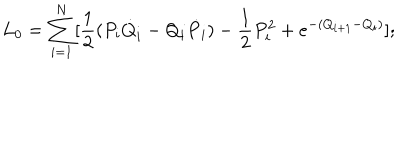
L _ { 0 } = \sum _ { i = 1 } ^ { N } [ { \frac { 1 } { 2 } } ( P _ { i } { \dot { Q } } _ { i } - Q _ { i } { \dot { P } } _ { i } ) - { \frac { 1 } { 2 } } P _ { i } ^ { 2 } + { e ^ { - ( Q _ { i + 1 } - Q _ { i } ) } } ] ;